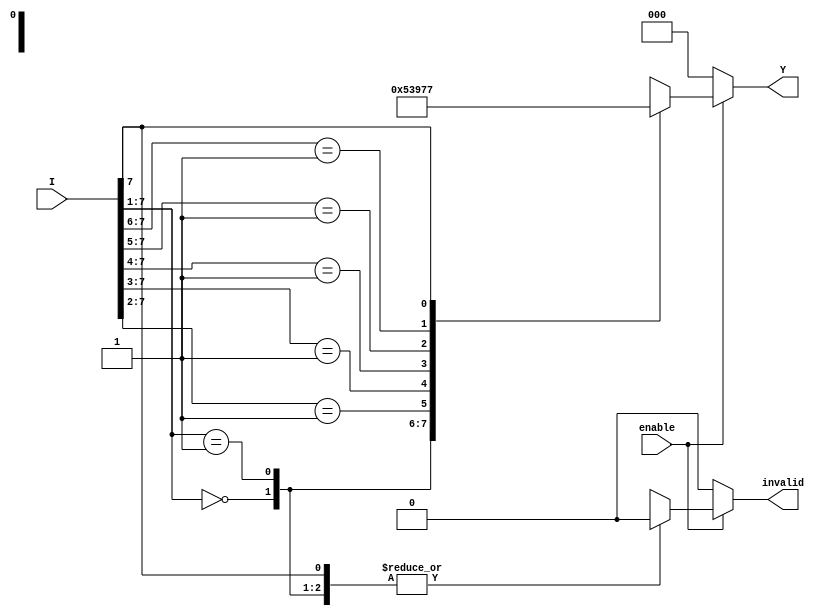
module octal_to_binary_encoder (
    input wire [7:0] I,      // Octal inputs (I0 to I7)
    input wire enable,       // Enable signal
    output reg [2:0] Y,      // Binary output (Y2, Y1, Y0)
    output reg invalid       // Invalid output indicator
);

    always @(*) begin
        if (!enable) begin
            Y = 3'b000;        // If not enabled, output is 000
            invalid = 1'b0;    // No invalid condition
        end else begin
            casez (I)          // Use casez to handle don't care conditions
                8'b0000000?: begin
                    Y = 3'b000; // I0 is high
                    invalid = 1'b0;
                end
                8'b0000001?: begin
                    Y = 3'b001; // I1 is high
                    invalid = 1'b0;
                end
                8'b000001??: begin
                    Y = 3'b010; // I2 is high
                    invalid = 1'b0;
                end
                8'b00001???: begin
                    Y = 3'b011; // I3 is high
                    invalid = 1'b0;
                end
                8'b0001????: begin
                    Y = 3'b100; // I4 is high
                    invalid = 1'b0;
                end
                8'b001?????: begin
                    Y = 3'b101; // I5 is high
                    invalid = 1'b0;
                end
                8'b01??????: begin
                    Y = 3'b110; // I6 is high
                    invalid = 1'b0;
                end
                8'b1??????? : begin
                    Y = 3'b111; // I7 is high
                    invalid = 1'b0;
                end
                default: begin
                    Y = 3'b000; // Default case for invalid input
                    invalid = 1'b1; // Indicate invalid input condition
                end
            endcase
        end
    end
endmodule